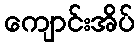
ကျောင်းအိပ်